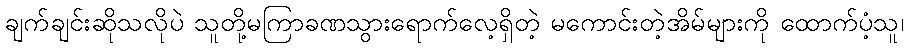
ချက်ချင်းဆိုသလိုပဲ သူတို့မကြာခဏသွားရောက်လေ့ရှိတဲ့ မကောင်းတဲ့အိမ်များကို ထောက်ပံ့သူ၊